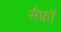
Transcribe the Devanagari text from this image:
सैफ्रों